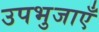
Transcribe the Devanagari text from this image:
उपभुजाएँ